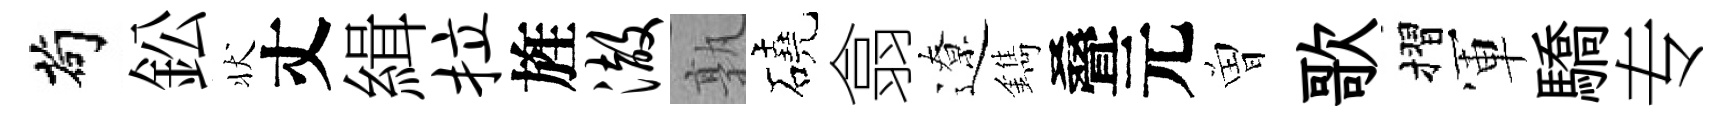
茍鈆状丈緝拉旌澈孰磽翕遼鐫叠元曽歌摺軍驕专